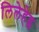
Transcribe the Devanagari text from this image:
लिलेहेइ